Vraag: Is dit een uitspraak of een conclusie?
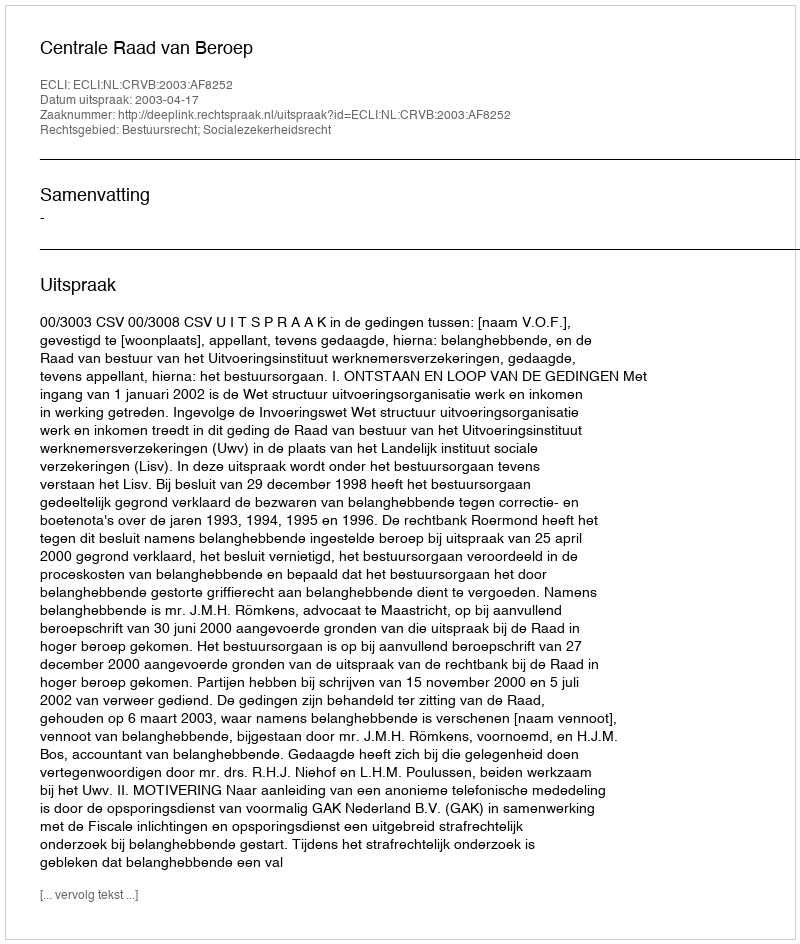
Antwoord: Uitspraak